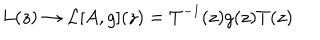
L ( z ) \rightarrow { \cal L } [ A , g ] ( z ) = T ^ { - 1 } ( z ) g ( z ) T ( z )